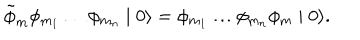
\tilde { \phi } _ { m } \phi _ { m _ { 1 } } \ldots \phi _ { m _ { n } } \mid 0 \rangle = \phi _ { m _ { 1 } } \ldots \phi _ { m _ { n } } \phi _ { m } \mid 0 \rangle .